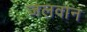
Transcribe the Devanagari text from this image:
जलवान